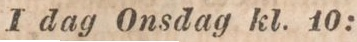
I dag Onsdag kl. 10: